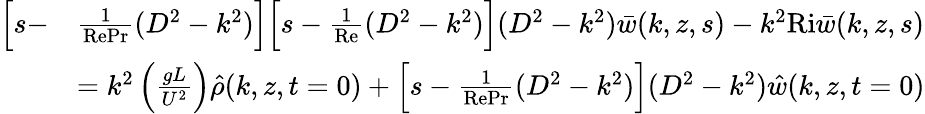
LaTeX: \begin{array}{rl}{\Big[s-}&{\frac{1}{\textrm{RePr}}(D^{2}-k^{2})\Big]\Big[s-\frac{1}{\textrm{Re}}(D^{2}-k^{2})\Big](D^{2}-k^{2})\bar{w}(k,z,s)-k^{2}\textrm{Ri}\bar{w}(k,z,s)}\\ &{=k^{2}\left(\frac{gL}{U^{2}}\right)\hat{\rho}(k,z,t=0)+\Big[s-\frac{1}{\textrm{RePr}}(D^{2}-k^{2})\Big](D^{2}-k^{2})\hat{w}(k,z,t=0)}\end{array}